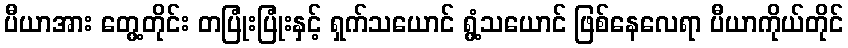
ပီယာအား တွေ့တိုင်း တပြုံးပြုံးနှင့် ရှက်သယောင် ရွံ့သယောင် ဖြစ်နေလေရာ ပီယာကိုယ်တိုင်